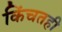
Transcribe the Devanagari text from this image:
किंचतही